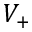
V _ { + }